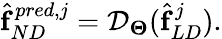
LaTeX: \begin{array}{r}{\hat{\boldsymbol{\mathrm{f}}}_{ND}^{pred,j}=\mathcal{D}_{\boldsymbol{\Theta}}(\hat{\boldsymbol{\mathrm{f}}}_{{LD}}^{j}).}\end{array}